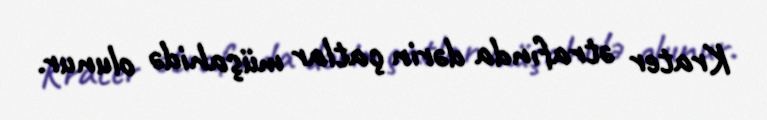
Krater ətrafında dərin çatlar müşahidə olunur.